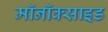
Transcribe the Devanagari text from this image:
मॉनॉक्साइड